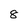
Character: 8